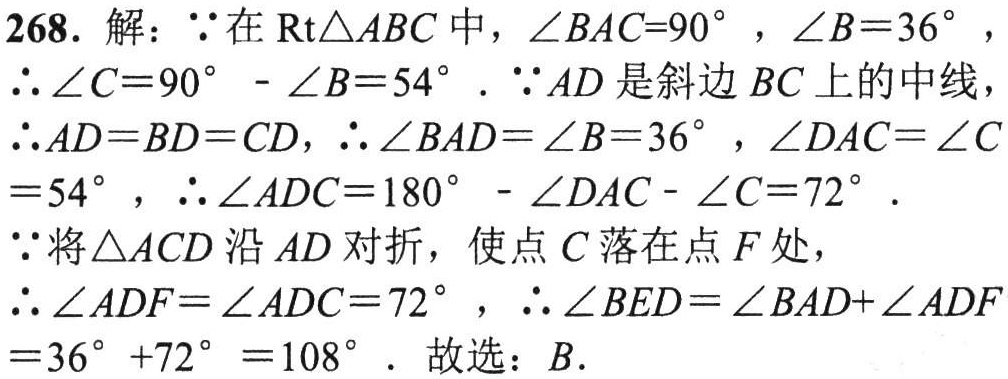
268. 解：$\because$在$\mathrm{Rt}\triangle ABC$中，$\angle BAC = 90^{\circ}$，$\angle B = 36^{\circ}$，
$\therefore\angle C=90^{\circ}-\angle B = 54^{\circ}$. $\because AD$是斜边$BC$上的中线，
$\therefore AD = BD = CD$，$\therefore\angle BAD=\angle B = 36^{\circ}$，$\angle DAC=\angle C$
$= 54^{\circ}$，$\therefore\angle ADC = 180^{\circ}-\angle DAC-\angle C = 72^{\circ}$.
$\because$将$\triangle ACD$沿$AD$对折，使点$C$落在点$F$处，
$\therefore\angle ADF=\angle ADC = 72^{\circ}$，$\therefore\angle BED=\angle BAD+\angle ADF$
$=36^{\circ}+72^{\circ}=108^{\circ}$. 故选：$B$.